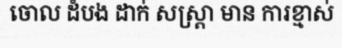
ចោល ដំបង ដាក់ សស្ត្រា មាន ការខ្មាស់